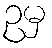
ဥမှ